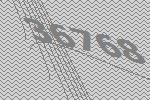
36768